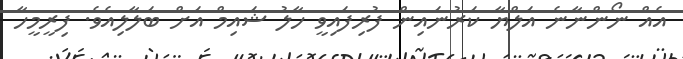
އެއް ނޯންނާނެ އަލްޔާ ކަރުނައިން ފުރިފައިވީ ހާލު ޝައިމް އަށް ބަލާލިއެވެ. ފިރީމީހާ